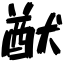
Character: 猷